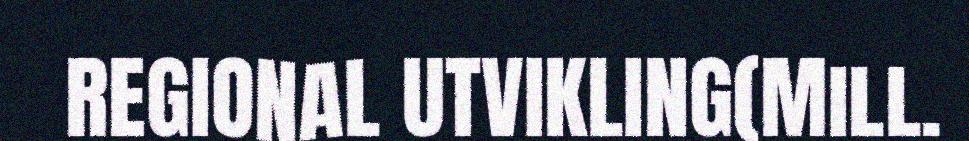
REGIONAL UTVIKLING(Mill.